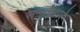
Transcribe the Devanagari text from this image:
समतेद्वारे